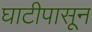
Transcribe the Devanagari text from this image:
घाटीपासून